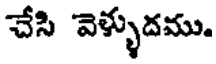
చేసి వెళ్ళుదము.